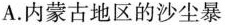
A.内蒙古地区的沙尘暴